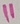
Text: 11